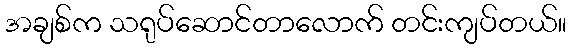
အချစ်က သရုပ်ဆောင်တာလောက် တင်းကျပ်တယ်။